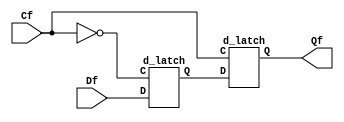
`timescale 1ns / 1ps
//////////////////////////////////////////////////////////////////////////////////
// Company: 
// Engineer: 
// 
// Design Name: 
// Module Name: d_ff
// Project Name: 
// Target Devices: 
// Tool Versions: 
// Description: 
// 
// Dependencies: 
// 
// Revision:
// Revision 0.01 - File Created
// Additional Comments:
// 
//////////////////////////////////////////////////////////////////////////////////


module flipflop ( 
input Df , Cf ,
output Qf 
) ;

wire Qm ;
d_latch master ( Df , ~ Cf , Qm ) ;
d_latch slave ( Qm , Cf , Qf ) ;
endmodule


module d_latch(
input D ,
input C ,
output Q
) ;

wire R , S , Qn ;
wire R_g , S_g  /* synthesis keep */;

assign S = D ;
assign R = ~ D ;
and ( R_g , R , C ) ;
and ( S_g , S , C ) ;
nor (Q , R_g , Qn ) ;
nor ( Qn , S_g , Q ) ;
endmodule